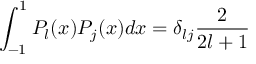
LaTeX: \int _ { - 1 } ^ { 1 } P _ { l } ( x ) P _ { j } ( x ) d x = \delta _ { l j } \frac { 2 } { 2 l + 1 }